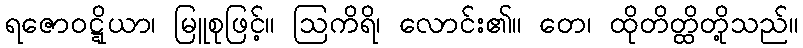
ရဇောဝဋ္ဋိယာ၊ မြူစုဖြင့်။ ဩကိရိ၊ လောင်း၏။ တေ၊ ထိုတိတ္ထိတို့သည်။